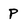
Character: p